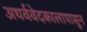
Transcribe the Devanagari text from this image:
अथर्ववेदकालापासून